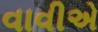
વાવીએ